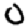
Digit: 0